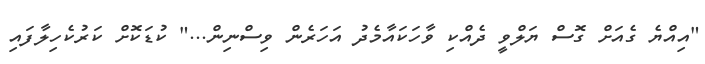
"އިއްޔެ ގެއަށް ގޮސް ޔަލްވީ ދެއްކި ވާހަކައާމެދު އަހަރެން ވިސްނިން..." ކުޑަކޮށް ކަރުކެހިލާފައި